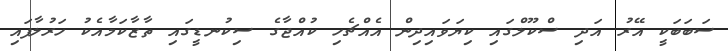
ސަބަބަކީ އޭރު އަދި ސްކޫލްގައި ކިޔަވައިދިން އެއްޗެހި ކުއްޖާގެ ސިކުނޑީގައި ތާޒާކަމާއެކު ހަރުލާފައި